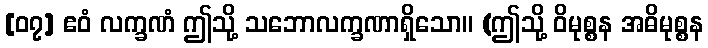
[၀၇] ဧဝံ လက္ခဏံ ဤသို့ သဘောလက္ခဏာရှိသော။ (ဤသို့ ဝိမုစ္စန အဓိမုစ္စန